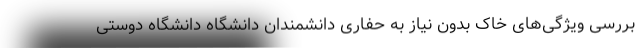
بررسی ویژگی‌های خاک بدون نیاز به حفاری دانشمندان دانشگاه دانشگاه دوستی